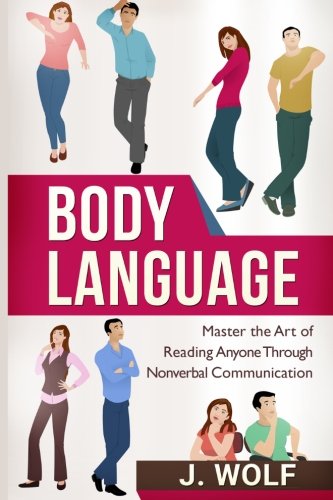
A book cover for Body Language: Master the Art of Reading Anyone Through Nonverbal Communication; J. Wolf; Self-Help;